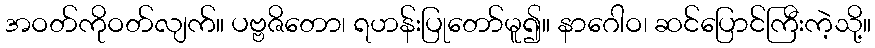
အဝတ်ကိုဝတ်လျက်။ ပဗ္ဗဇိတော၊ ရဟန်းပြုတော်မူ၍။ နာဂေါဝ၊ ဆင်ပြောင်ကြီးကဲ့သို့။